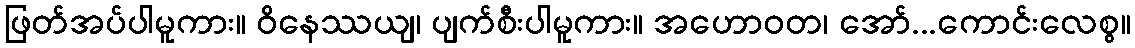
ဖြတ်အပ်ပါမူကား။ ဝိနေဿယျ၊ ပျက်စီးပါမူကား။ အဟောဝတ၊ အော်...ကောင်းလေစွ။